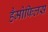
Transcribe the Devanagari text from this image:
हैमोफिलस